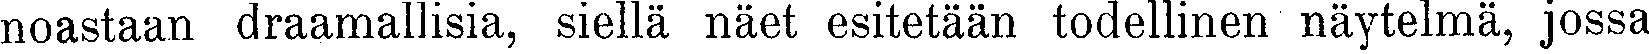
noastaan draamallisia, siellä näet esitetään todellinen näytelmä, jossa